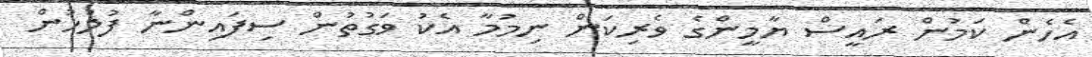
އެެހެން ކަމުން ރައީސް ޔާމީންގެ ވެރިކަން ނިމުމާ އެކު ވަގުތުން ސިފައިންނާ ފުލުހުން